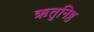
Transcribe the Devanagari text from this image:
ऋतुनिष्ठ